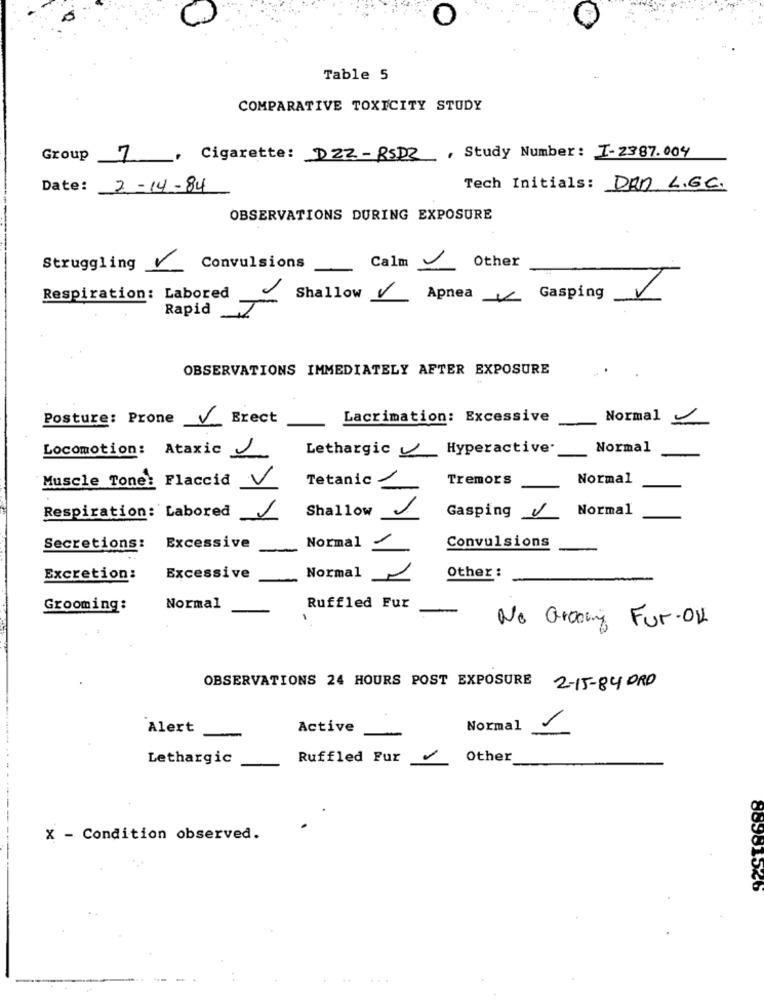
Table 5
COMPARATIVE TOXICITY STUDY
Group 7
Cigarette: DZZ-RSDZ , Study Number: I-2387.004
Date: 2-14-84
Tech Initials: DRD. L.G.C.
OBSERVATIONS DURING EXPOSURE
Other
Struggling
Convulsions
Calm
Respiration: Labored
Shallow
ApneaGasping
Rapid
OBSERVATIONS IMMEDIATELY AFTER EXPOSURE
Posture: Prone V Erect
Lacrimation: Excessive
Normal
Locomotion: Ataxic
Lethargic Hyperactive.
Normal
Tetanic
Tremors
Normal
Muscle Tone: Flaccid
Shallow
Normal
Respiration: Labored
1
Gasping V
Convulsions
Secretions: Excessive
Normal
Excretion:
Excessive
Normal
Other :
Grooming:
Normal
Ruffled Fur
No Groovy Fur-OK
OBSERVATIONS 24 HOURS POST EXPOSURE 2-15-84 DRD
Alert
Active
Normal
1
Lethargic
Ruffled Fur
/ Other
X - Condition observed.
88981546
...